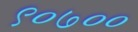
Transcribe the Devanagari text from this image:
९०७००